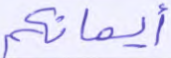
أيمانكم